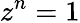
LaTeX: z^{n}=1